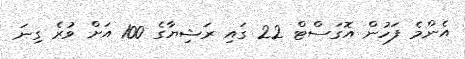
އެންމެ ފަހުން އޮގަސްޓް 22 ގައި ރަޝިޔާގެ 100 އަށް ވުރެ ގިނަ